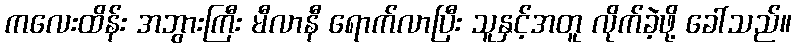
ကလေးထိန်း အဘွားကြီး မီလာနီ ရောက်လာပြီး သူနှင့်အတူ လိုက်ခဲ့ဖို့ ခေါ်သည်။